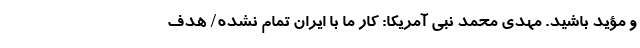
و مؤید باشید. مهدی محمد نبی آمریکا: کار ما با ایران تمام نشده/ هدف